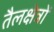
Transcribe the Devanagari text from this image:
तैलक्षेत्रों